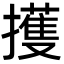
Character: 擭